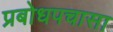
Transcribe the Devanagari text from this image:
प्रबोधपचासा